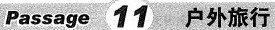
Passage 11 户外旅行